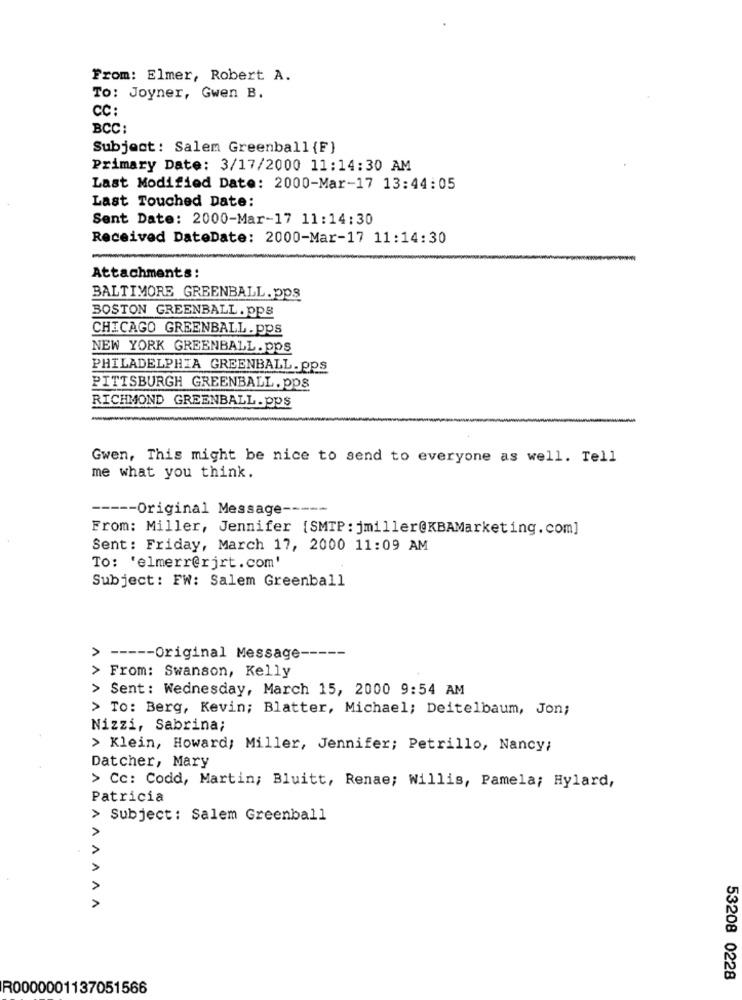
From: Elmer, Robert A.
To: Joyner, Gwen B.
CC:
BCC:
Subject: Salem Greenball {F}
Primary Date: 3/17/2000 11:14:30 AM
Last Modified Date: 2000-Mar-17 13:44:05
Last Touched Date:
Sent Date: 2000-Mar-17 11:14:30
Received DateDate: 2000-Mar-17 11:14:30
Attachments:
BALTIMORE GREENBALL.pps
BOSTON GREENBALL . pps
CHICAGO GREENBALL.pps
NEW YORK GREENBALL. pps
PHILADELPHIA GREENBALL. pps
PITTSBURGH GREENBALL. pps
RICHMOND GREENBALL.pps
Gwen, This might be nice to send to everyone as well. Tell
me what you think.
----- Original Message ---
From: Miller, Jennifer [SMTP : jmiller@KBAMarketing. com]
Sent: Friday, March 17, 2000 11:09 AM
To: 'elmerr@rjrt.com'
Subject: FW: Salem Greenball
> ----- Original Message --
> From: Swanson, Kelly
> Sent: Wednesday, March 15, 2000 9:54 AM
> To: Berg, Kevin; Blatter, Michael; Deitelbaum, Jon;
Nizzi, Sabrina;
> Klein, Howard; Miller, Jennifer; Petrillo, Nancy;
Datcher, Mary
> Cc: Codd, Martin; Bluitt, Renae; Willis, Pamela; Hylard,
Patricia
> Subject: Salem Greenball
AAAAA
53208 0228
R0000001137051566